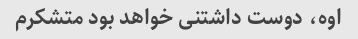
اوه، دوست داشتنی خواهد بود متشکرم